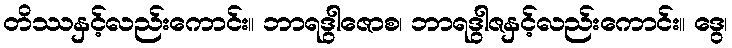
တိဿနှင့်လည်းကောင်း။ ဘာရဒွါဇောစ၊ ဘာရဒွါဇနှင့်လည်းကောင်း။ ဒွေ၊